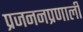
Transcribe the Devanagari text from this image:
प्रजननप्रणाली